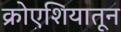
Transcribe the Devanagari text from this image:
क्रोएशियातून